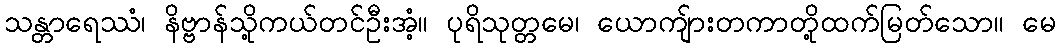
သန္တာရေဿံ၊ နိဗ္ဗာန်သို့ကယ်တင်ဦးအံ့။ ပုရိသုတ္တမေ၊ ယောကျ်ားတကာတို့ထက်မြတ်သော။ မေ